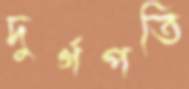
দুর্গপতি